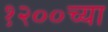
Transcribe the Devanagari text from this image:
१२००च्या